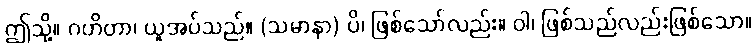
ဤသို့။ ဂဟိတာ၊ ယူအပ်သည်။ (သမာနာ) ပိ၊ ဖြစ်သော်လည်း။ ဝါ၊ ဖြစ်သည်လည်းဖြစ်သော။